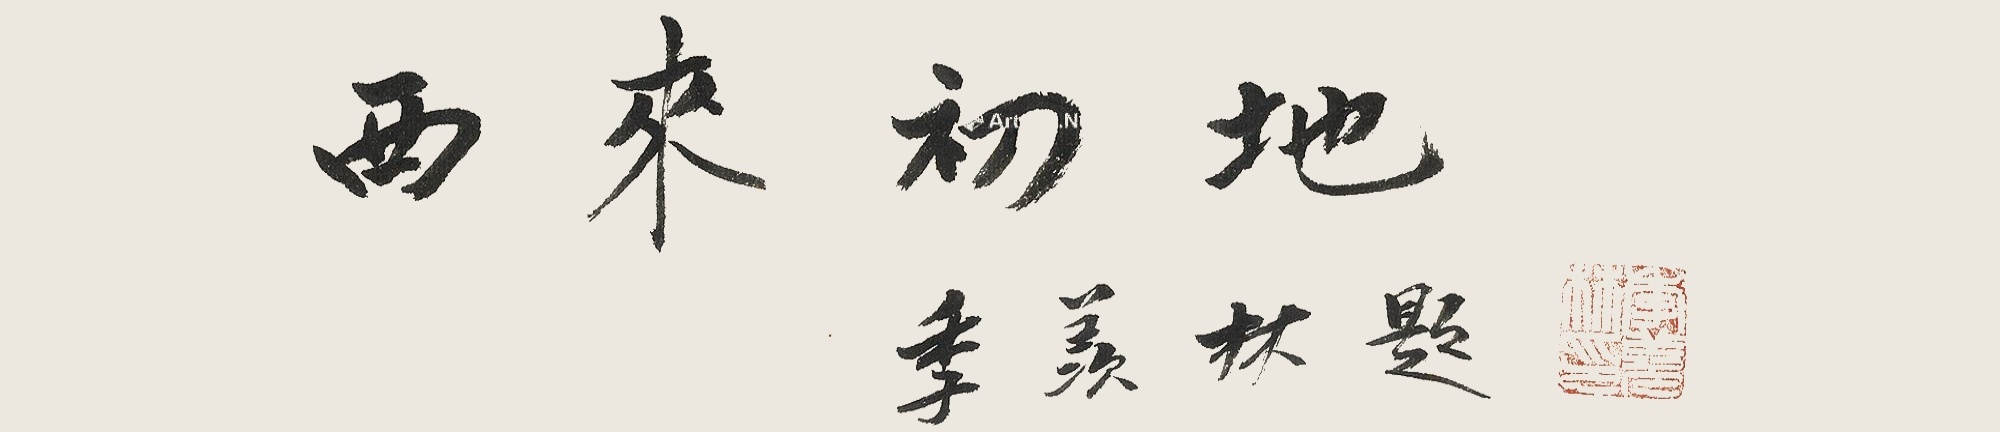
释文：西来初地。季羡林题。